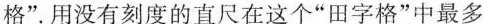
格”。用没有刻度的直尺在这个”田字格”中最多